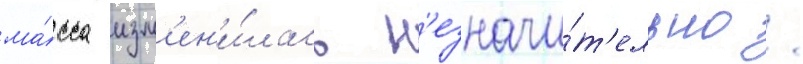
ма́сса изм'ен'и́лась н'езначи́т'ельно /